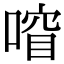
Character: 𫫍